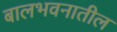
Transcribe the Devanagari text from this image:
बालभवनातील